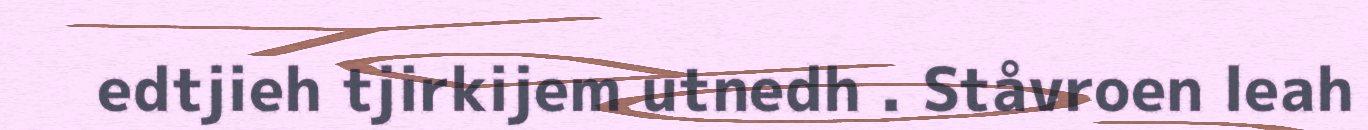
edtjieh tjirkijem utnedh . Ståvroen leah